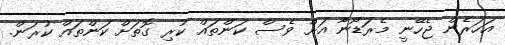
އަހަރެން ޖެހޭނީ މެރަޑޯނާ އަށް ވެސް ކަންތައް ކުރި ގޮތަށް ކަންތައް ކުރަން.